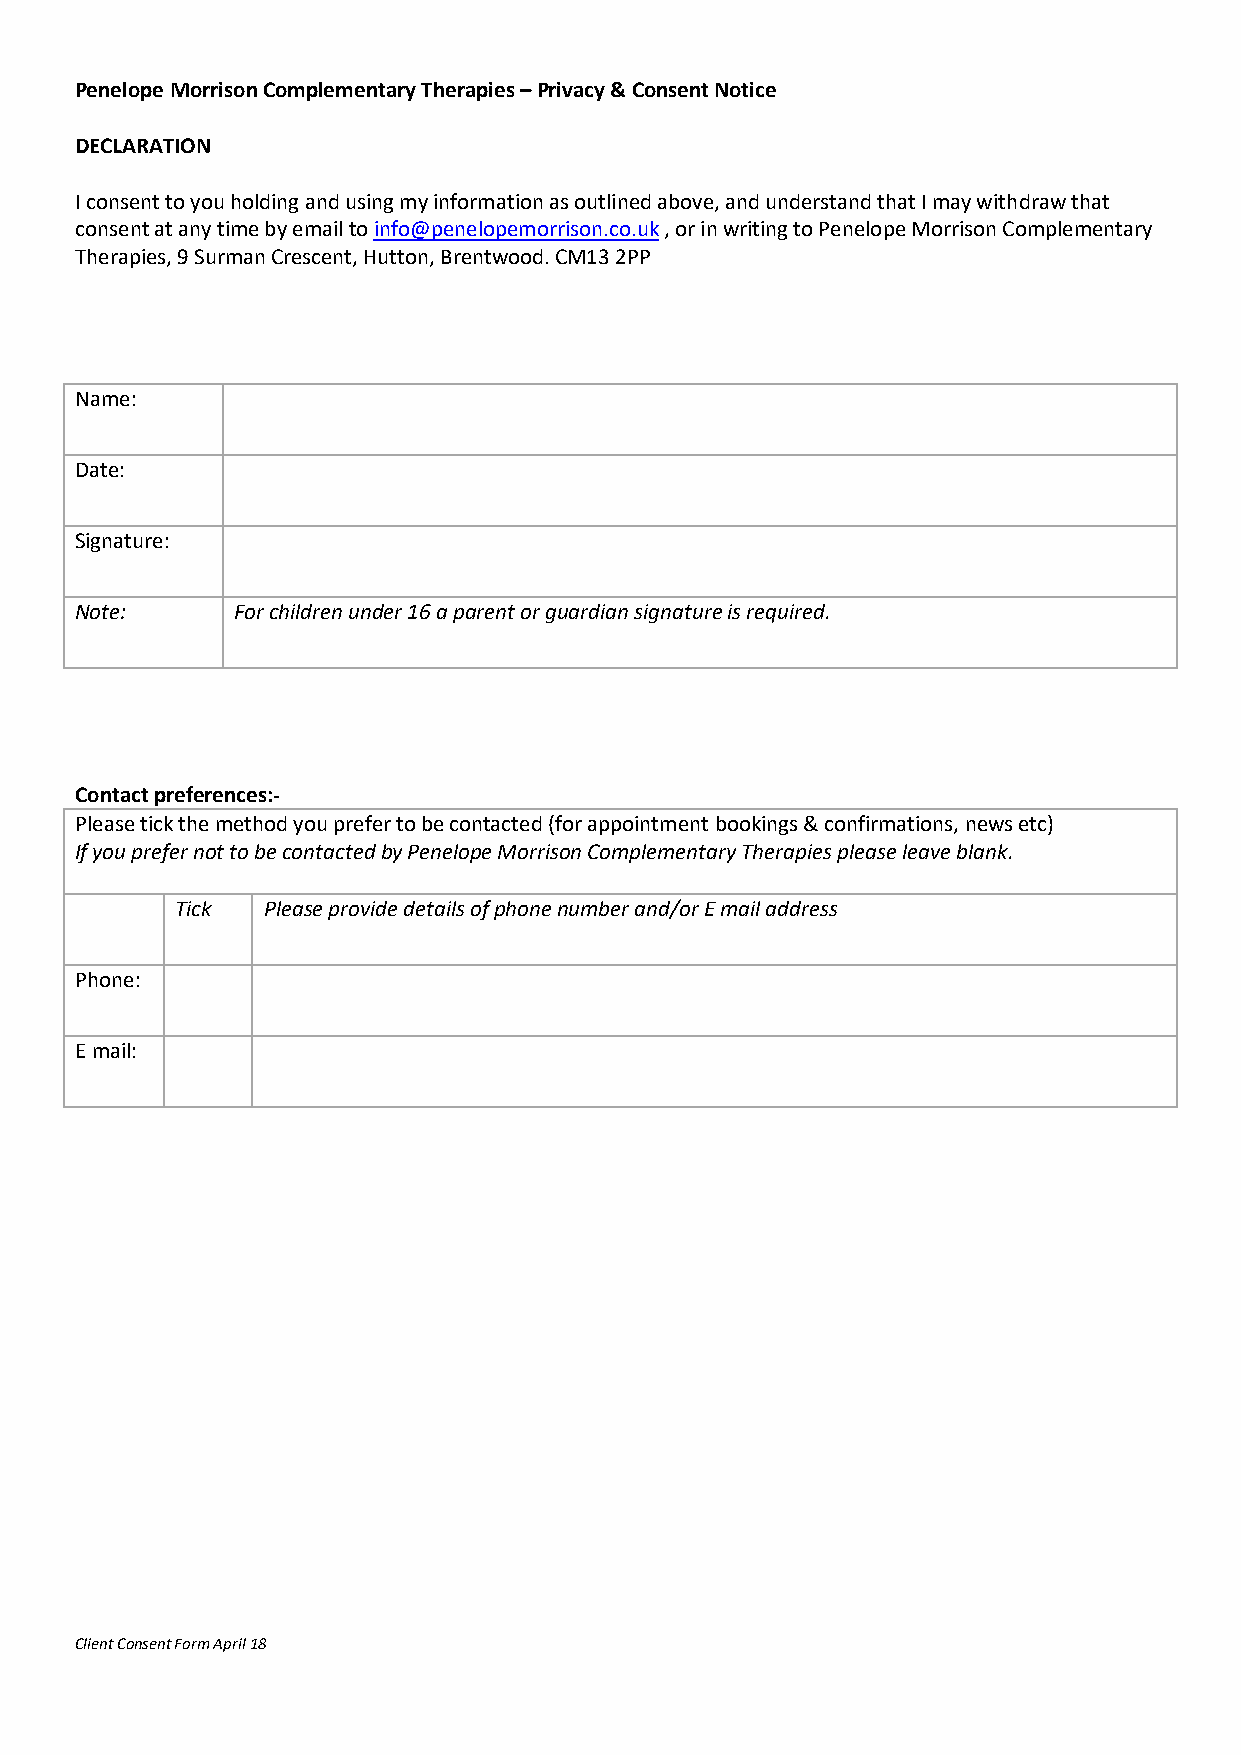
Penelope Morrison Complementary Therapies – Privacy & Consent Notice
 DECLARATION
 I consent to you holding and using my information as outlined above, and understand that I may withdraw that
 consent at any time by email to info@penelopemorrison.co.uk , or in writing to Penelope Morrison Complementary
 Therapies, 9 Surman Crescent, Hutton, Brentwood. CM13 2PP
 Name:
 Date:
 Signature:
 Note:     For children under 16 a parent or guardian signature is required.
 Contact preferences:-
 Please tick the method you prefer to be contacted (for appointment bookings & confirmations, news etc)
 If you prefer not to be contacted by Penelope Morrison Complementary Therapies please leave blank.
 Tick Please provide details of phone number and/or E mail address
 Phone:
 E mail:
 Client Consent Form April 18